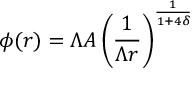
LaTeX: \phi ( r ) = \Lambda A \left( \frac { 1 } { \Lambda r } \right) ^ { \frac { 1 } { 1 + 4 \delta } }